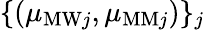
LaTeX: \{ (\mu_{\mathrm{MW}j},\mu_{\mathrm{MM}j})\} _{j}